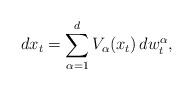
LaTeX: \begin{align*}dx_t=\sum_{\alpha=1}^d V_\alpha(x_t) \, dw_t^\alpha,\end{align*}